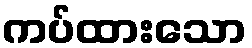
ကပ်ထားသော